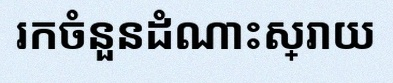
រកចំនួនដំណោះស្រាយ